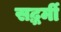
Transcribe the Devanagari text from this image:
सद्धर्मी